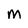
Character: M